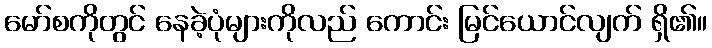
မော်စကိုတွင် နေခဲ့ပုံများကိုလည် ကောင်း မြင်ယောင်လျက် ရှိ၏။